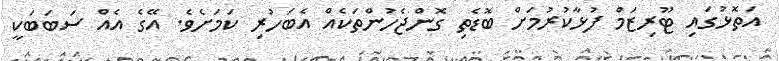
އަތޮޅުގައި ޓޫރިޒަމް ފުޅާކުރުމަށް ބޮޑެތި ގޮންޖެހުންތަކެއް އެބަހުރި ކަމަށެވެ. އޭގެ އެއް ސަބަބަކީ